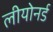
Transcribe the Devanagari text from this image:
लीयोनर्ड